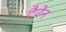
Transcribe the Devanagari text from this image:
दैवेन